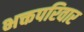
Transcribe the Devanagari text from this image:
भक्तपरिवार